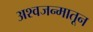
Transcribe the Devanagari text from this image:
अश्वजन्मातून